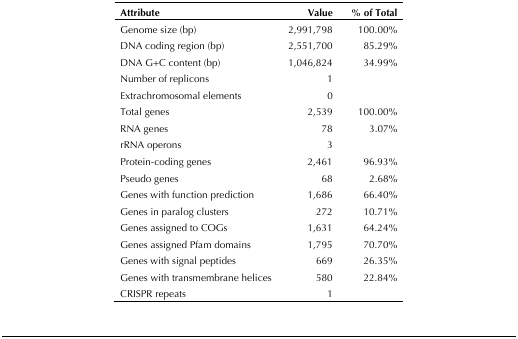
<table><thead><tr><td><b>Attribute</b></td><td><b>Value</b></td><td><b>% of Total</b></td></tr></thead><tbody><tr><td>Genome size (bp)</td><td>2,991,798</td><td>100.00%</td></tr><tr><td>DNA coding region (bp)</td><td>2,551,700</td><td>85.29%</td></tr><tr><td>DNA G+C content (bp)</td><td>1,046,824</td><td>34.99%</td></tr><tr><td>Number of replicons</td><td>1</td><td></td></tr><tr><td>Extrachromosomal elements</td><td>0</td><td></td></tr><tr><td>Total genes</td><td>2,539</td><td>100.00%</td></tr><tr><td>RNA genes</td><td>78</td><td>3.07%</td></tr><tr><td>rRNA operons</td><td>3</td><td></td></tr><tr><td>Protein-coding genes</td><td>2,461</td><td>96.93%</td></tr><tr><td>Pseudo genes</td><td>68</td><td>2.68%</td></tr><tr><td>Genes with function prediction</td><td>1,686</td><td>66.40%</td></tr><tr><td>Genes in paralog clusters</td><td>272</td><td>10.71%</td></tr><tr><td>Genes assigned to COGs</td><td>1,631</td><td>64.24%</td></tr><tr><td>Genes assigned Pfam domains</td><td>1,795</td><td>70.70%</td></tr><tr><td>Genes with signal peptides</td><td>669</td><td>26.35%</td></tr><tr><td>Genes with transmembrane helices</td><td>580</td><td>22.84%</td></tr><tr><td>CRISPR repeats</td><td>1</td><td></td></tr></tbody></table>